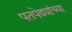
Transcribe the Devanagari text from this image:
पतपेढ्यांच्या